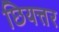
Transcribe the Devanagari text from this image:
छियत्तर